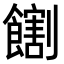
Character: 𫗛